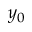
y _ { 0 }